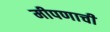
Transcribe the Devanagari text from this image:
मीपणाची